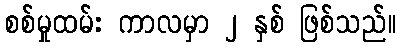
စစ်မှုထမ်း ကာလမှာ ၂ နှစ် ဖြစ်သည်။